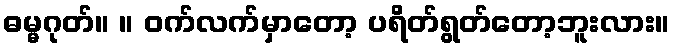
ဓမ္မဂုတ်။ ။ ဝက်လက်မှာတော့ ပရိတ်ရွတ်တော့ဘူးလား။